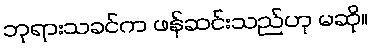
ဘုရားသခင်က ဖန်ဆင်းသည်ဟု မဆို။